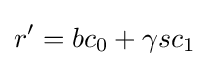
r'=bc_{0}+\gamma sc_{1}